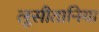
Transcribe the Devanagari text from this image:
लूसीतानिया